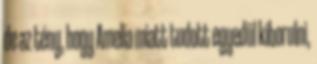
de az tény, hogy Amelia miatt tudott egyedül kiborulni,